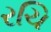
રચિ